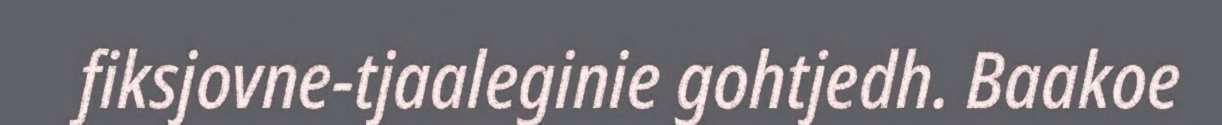
fiksjovne-tjaaleginie gohtjedh. Baakoe